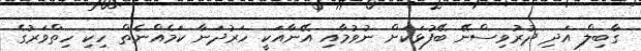
ގާބިލް އަދި ދުރުވިސްނޭ ބޭފުޅަކަށް ނުވުމާއި އޭނާއަކީ ހަރުދަނާ ކަމެއްނެތް ހިކި ހިތްވަރުގެ